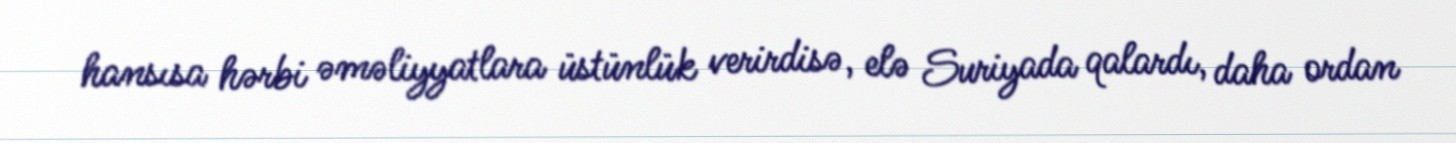
hansısa hərbi əməliyyatlara üstünlük verirdisə, elə Suriyada qalardı, daha ordan